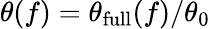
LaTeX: \theta(f)=\theta_{\mathrm{full}}(f)/\theta_{0}